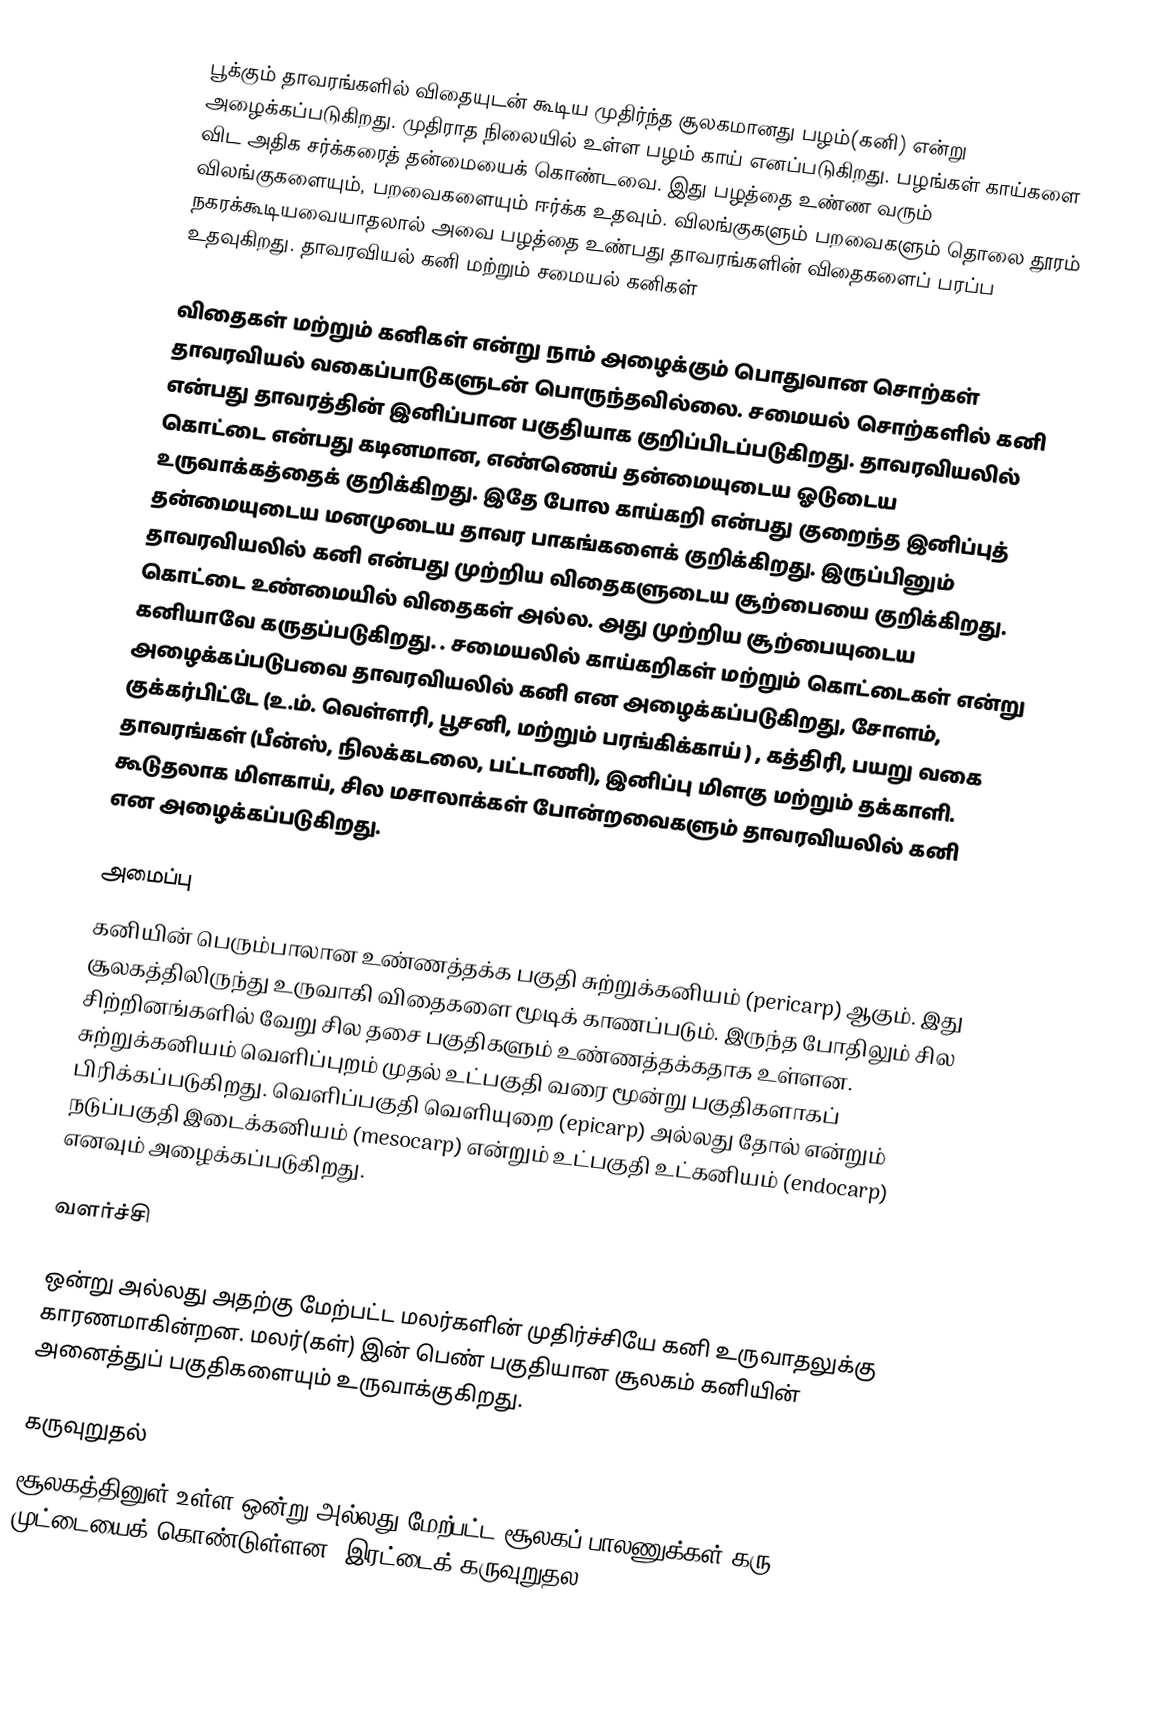
பூக்கும் தாவரங்களில் விதையுடன் கூடிய முதிர்ந்த சூலகமானது பழம்(கனி) என்று அழைக்கப்படுகிறது. முதிராத நிலையில் உள்ள பழம் காய் எனப்படுகிறது. பழங்கள் காய்களை விட அதிக சர்க்கரைத் தன்மையைக் கொண்டவை. இது பழத்தை உண்ண வரும் விலங்குகளையும், பறவைகளையும் ஈர்க்க உதவும். விலங்குகளும் பறவைகளும் தொலை தூரம் நகரக்கூடியவையாதலால் அவை பழத்தை உண்பது தாவரங்களின் விதைகளைப் பரப்ப உதவுகிறது. தாவரவியல் கனி மற்றும் சமையல் கனிகள்

விதைகள் மற்றும் கனிகள் என்று நாம் அழைக்கும் பொதுவான சொற்கள் தாவரவியல் வகைப்பாடுகளுடன் பொருந்தவில்லை. சமையல் சொற்களில் கனி என்பது தாவரத்தின் இனிப்பான பகுதியாக குறிப்பிடப்படுகிறது. தாவரவியலில் கொட்டை என்பது கடினமான, எண்ணெய் தன்மையுடைய ஓடுடைய உருவாக்கத்தைக் குறிக்கிறது. இதே போல காய்கறி என்பது குறைந்த இனிப்புத் தன்மையுடைய மனமுடைய தாவர பாகங்களைக் குறிக்கிறது. இருப்பினும் தாவரவியலில் கனி என்பது முற்றிய விதைகளுடைய சூற்பையை குறிக்கிறது. கொட்டை உண்மையில் விதைகள் அல்ல. அது முற்றிய சூற்பையுடைய கனியாவே கருதப்படுகிறது. . சமையலில் காய்கறிகள் மற்றும் கொட்டைகள் என்று அழைக்கப்படுபவை தாவரவியலில் கனி என அழைக்கப்படுகிறது, சோளம், குக்கர்பிட்டே (உ.ம். வெள்ளரி, பூசனி, மற்றும் பரங்கிக்காய் ) , கத்திரி, பயறு வகை தாவரங்கள் (பீன்ஸ், நிலக்கடலை, பட்டாணி), இனிப்பு மிளகு மற்றும் தக்காளி. கூடுதலாக மிளகாய், சில மசாலாக்கள் போன்றவைகளும் தாவரவியலில் கனி என அழைக்கப்படுகிறது.

அமைப்பு
கனியின் பெரும்பாலான உண்ணத்தக்க பகுதி சுற்றுக்கனியம் (pericarp) ஆகும். இது சூலகத்திலிருந்து உருவாகி விதைகளை மூடிக் காணப்படும். இருந்த போதிலும் சில சிற்றினங்களில் வேறு சில தசை பகுதிகளும் உண்ணத்தக்கதாக உள்ளன. சுற்றுக்கனியம் வெளிப்புறம் முதல் உட்பகுதி வரை மூன்று பகுதிகளாகப் பிரிக்கப்படுகிறது.  வெளிப்பகுதி  வெளியுறை (epicarp) அல்லது தோல் என்றும் நடுப்பகுதி இடைக்கனியம் (mesocarp) என்றும் உட்பகுதி உட்கனியம் (endocarp) எனவும் அழைக்கப்படுகிறது.

வளர்ச்சி

ஒன்று அல்லது அதற்கு மேற்பட்ட மலர்களின் முதிர்ச்சியே கனி உருவாதலுக்கு காரணமாகின்றன. மலர்(கள்) இன் பெண் பகுதியான சூலகம் கனியின் அனைத்துப் பகுதிகளையும் உருவாக்குகிறது.

கருவுறுதல்
சூலகத்தினுள் உள்ள ஒன்று அல்லது மேற்பட்ட சூலகப் பாலணுக்கள் கரு முட்டையைக் கொண்டுள்ளன.  இரட்டைக் கருவுறுதல